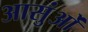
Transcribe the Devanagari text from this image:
आसुंओं